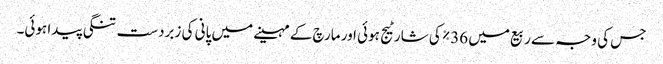
جس کی وجہ سے ربیع میں 36% کی شارٹیج ہوئی اور مارچ کے مہینے میں پانی کی زبردست تنگی پیدا ہوئی۔